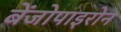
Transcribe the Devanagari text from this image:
बेंजोपाइरोन